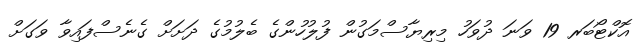
އޮކްޓޯބަރ 19 ވަނަ ދުވަހު މިރިޔާސްމަގުން ފުލުހުންގެ ބެލުމުގެ ދަށަށް ގެނެސްފައިވާ ވަގަށް